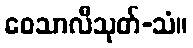
ဝေသာလီသုတ်-သံ။